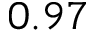
0 . 9 7